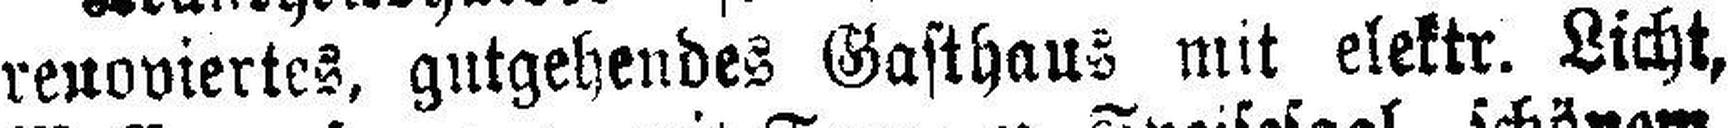
renoviertes, gutgehendes Gasthaus mit elektr. Licht,